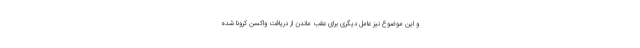
و اين موضوع نيز عامل ديگري براي عقب ماندن از دريافت واكسن كرونا شده